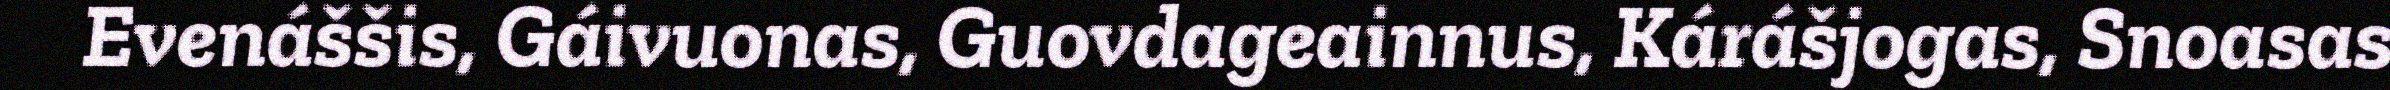
Evenáššis, Gáivuonas, Guovdageainnus, Kárášjogas, Snoasas